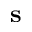
\mathbf { s }